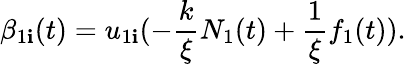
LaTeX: \beta_{1\mathbf{i}}(t)=u_{1\mathbf{i}}(-\frac{{k}}{{\xi}}N_{1}(t)+\frac{{1}}{{\xi}}f_{1}(t)).